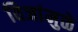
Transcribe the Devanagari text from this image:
विजांमुळे